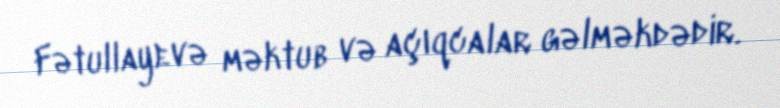
Fətullayevə məktub və açıqcalar gəlməkdədir.